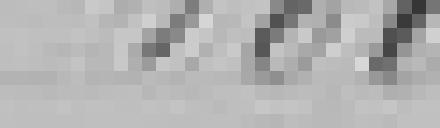
180